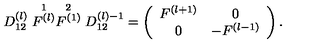
D _ { 1 2 } ^ { ( l ) } \stackrel { 1 } { F ^ { ( l ) } } \stackrel { 2 } { F ^ { ( 1 ) } } D _ { 1 2 } ^ { ( l ) - 1 } = \left( \begin{array} { c c } { F ^ { ( l + 1 ) } } & { 0 } \\ { 0 } & { - F ^ { ( l - 1 ) } } \\ \end{array} \right) .